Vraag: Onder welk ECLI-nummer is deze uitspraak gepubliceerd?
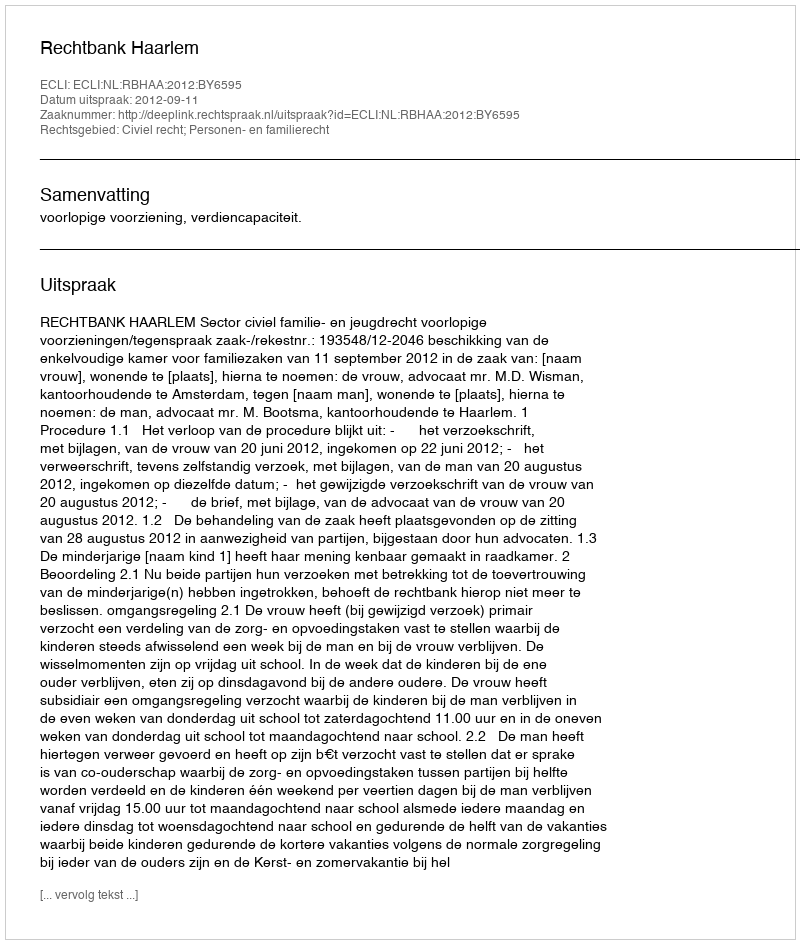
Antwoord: ECLI:NL:RBHAA:2012:BY6595